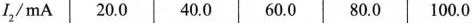
I，/mA20.040.060.080.0100.0